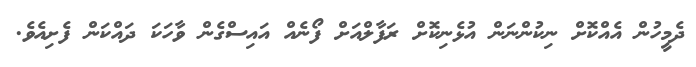
ދެމީހުން އެއްކޮށް ނިކުންނަން އުޅެނިކޮށް ރަފާލްއަށް ފޯނެއް އައިސްގެން ވާހަކަ ދައްކަން ފެށިއެވެ.